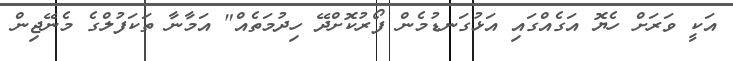
އަކީ ވަރަށް ހެޔޮ އަގެއްގައި އަޅުގަނޑުމެން ފޯރުކޮށްދޭ ހިދުމަތެއް" އަމާނާ ތަކަފުލްގެ މެނޭޖިން